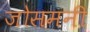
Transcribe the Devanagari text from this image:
जोसमनी